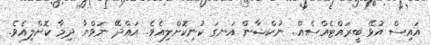
އައިސް އުޅޭ ބީރައްޓެއްސެއް.. ނުކްޝާން އަނގަ ކުނިކޮށްލިއެވެ. އައްދޭ ނަވްޔާ ދިމާ ކޮށްލިއެވެ.